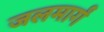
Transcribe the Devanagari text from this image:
जलमार्गं